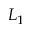
L _ { 1 }